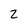
Character: 2